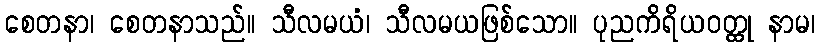
စေတနာ၊ စေတနာသည်။ သီလမယံ၊ သီလမယဖြစ်သော။ ပုညကိရိယဝတ္ထု နာမ၊